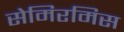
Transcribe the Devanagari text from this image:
सेमिरमिस